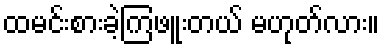
ထမင်းစားခဲ့ကြဖူးတယ် မဟုတ်လား။